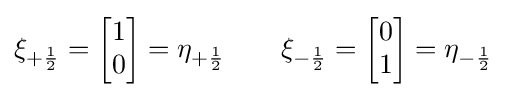
\xi _{+{\frac {1}{2}}}={\begin{bmatrix}1\\0\end{bmatrix}}=\eta _{+{\frac {1}{2}}}\quad \quad \xi _{-{\frac {1}{2}}}={\begin{bmatrix}0\\1\end{bmatrix}}=\eta _{-{\frac {1}{2}}}